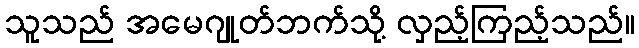
သူသည် အမေဂျုတ်ဘက်သို့ လှည့်ကြည့်သည်။